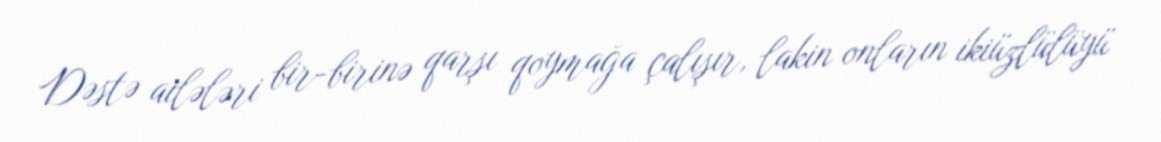
Dəstə ailələri bir-birinə qarşı qoymağa çalışır, lakin onların ikiüzlülüyü